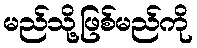
မည်သို့ဖြစ်မည်ကို